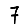
Digit: 7